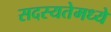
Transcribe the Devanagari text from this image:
सदस्यतेमध्ये